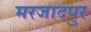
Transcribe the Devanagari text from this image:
मरजादपुर